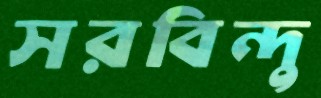
সরবিন্দু